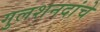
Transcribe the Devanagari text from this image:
गुलशनदांचे